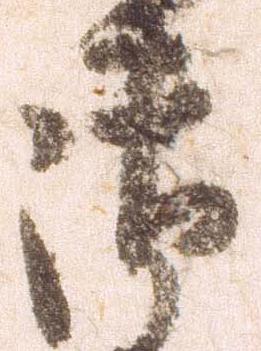
御